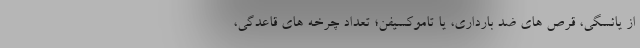
از یائسگی، قرص های ضد بارداری، یا تاموکسیفن؛ تعداد چرخه های قاعدگی،